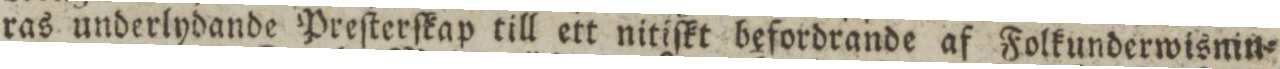
ras underlydande Preſterſkap till ett nitiſkt befordrande af Folkunderwisnin=